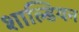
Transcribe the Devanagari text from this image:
शाल्डियन